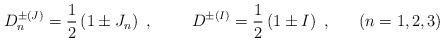
LaTeX: \begin{align*} D^{\pm (J)}_n = \frac 12 \left(1 \pm J_n \right)~,~~~~~~~ D^{\pm (I)} = \frac 12 \left(1 \pm I\right) ~, ~~~~~ (n = 1,2,3)\end{align*}